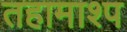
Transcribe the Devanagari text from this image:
तहामाश्प